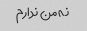
نه من ندارم